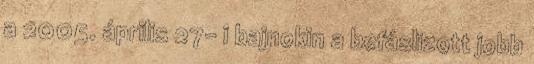
a 2005. április 27- i bajnokin a befáslizott jobb